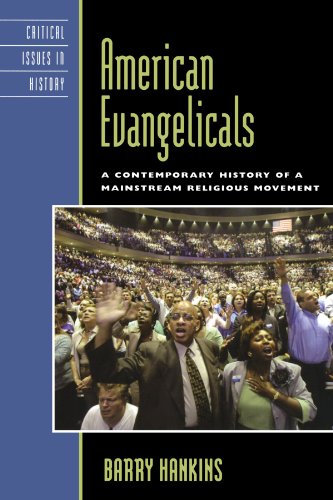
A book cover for American Evangelicals: A Contemporary History of a Mainstream Religious Movement (Critical Issues in American History); Barry Hankins; Christian Books & Bibles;